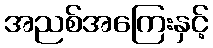
အညစ်အကြေးနှင့်